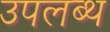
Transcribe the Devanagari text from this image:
उपलब्थ